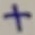
Text: +